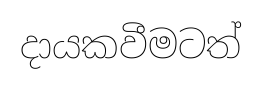
දායකවීමටත්